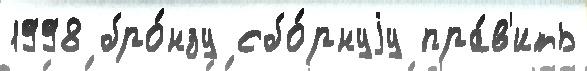
1998 бро́нзу сбо́рнуjу пра́в'ить